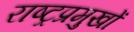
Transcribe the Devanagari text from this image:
राष्ट्रप्रमुखों